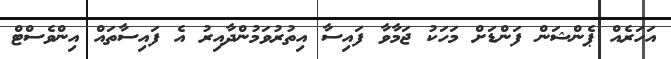
އަހަރެއް ޕެންޝަން ފަންޑަށް މަހަކު ޖަމާވާ ފައިސާ އިތުރުވަމުންދާއިރު އެ ފައިސާތައް އިންވެސްޓް